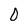
Character: D